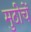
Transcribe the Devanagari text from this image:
मुठीचें